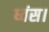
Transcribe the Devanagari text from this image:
ध्वंस।